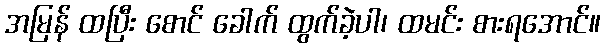
အမြန် ထပြီး စောင် ခေါက် ထွက်ခဲ့ပါ၊ ထမင်း စားရအောင်။